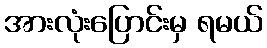
အားလုံးပြောင်းမှ ရမယ်